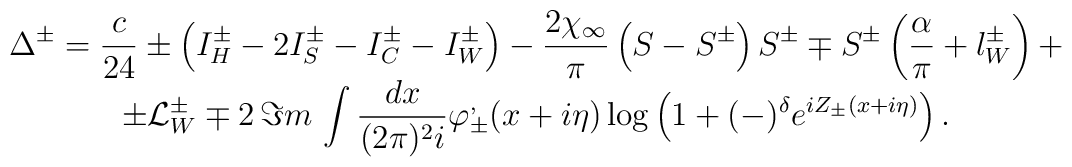
\begin{array}{c}\displaystyle \Delta ^{\pm }=\displaystyle\frac{c}{24}\pm \left( I_{H}^{\pm }-2I^{\pm }_{S}-I^{\pm }_{C}-I^{\pm }_{W}\right) -\displaystyle\frac{2\chi _{\infty }}{\pi }\left( S-S^{\pm }\right) S^{\pm }\mp S^{\pm }\left( \displaystyle\frac{\alpha }{\pi }+l_{W}^{\pm }\right) +\\\pm {\cal L}^{\pm }_{W}\mp 2\, \Im m\, \displaystyle\int \displaystyle\frac{dx}{(2\pi )^{2}i}\varphi ^{,}_{\pm }(x+i\eta )\log \left( 1+(-)^{\delta }e^{iZ_{\pm }(x+i\eta )}\right) .\end{array}